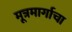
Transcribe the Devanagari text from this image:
मूत्रमार्गाचा